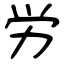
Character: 労